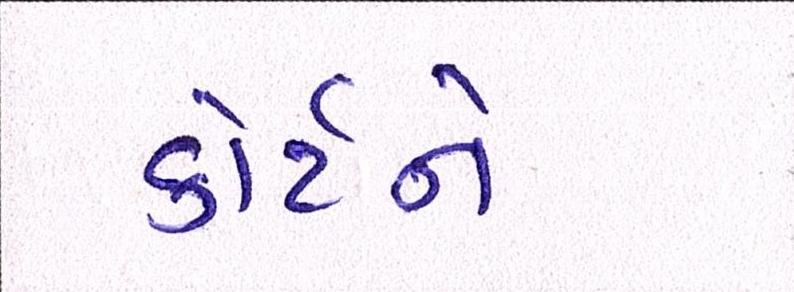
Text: કોર્ટને